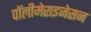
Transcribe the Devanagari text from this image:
पॉलीमेराइजेसन